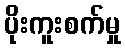
ပိုးကူးစက်မှု